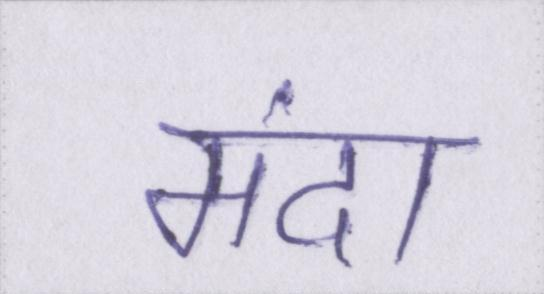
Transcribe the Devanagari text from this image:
मंदा